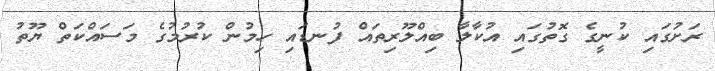
ރަށުގައި ކުނީގެ ގޮތުގައި އުކާލާ ބިއްލޫރިތައް ފުނޑައި ހިމުން ކުރުމުގެ މަސައްކަތް ޔޫތު